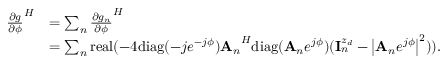
\begin{array} { r l } { { \frac { \partial g } { \partial \phi } } ^ { H } } & { = \sum _ { n } { \frac { \partial g _ { n } } { \partial \phi } } ^ { H } } \\ & { = \sum _ { n } \mathrm { r e a l } ( - 4 \mathrm { d i a g } ( - j e ^ { - j \phi } ) { { \bf A } _ { n } } ^ { H } \mathrm { d i a g } ( { { \bf A } _ { n } } e ^ { j \phi } ) ( { \bf { I } } _ { n } ^ { z _ { d } } - \left| { { \bf A } _ { n } } e ^ { j \phi } \right| ^ { 2 } ) ) . } \end{array}